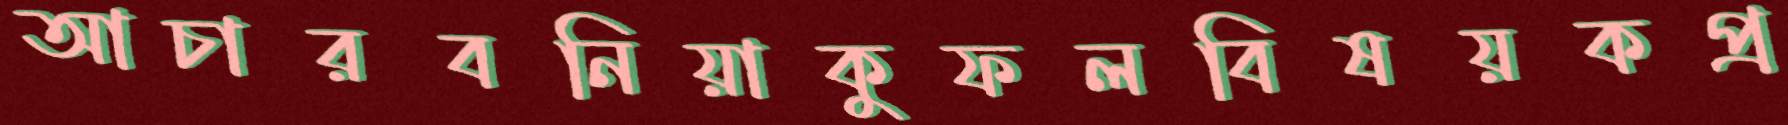
আচারবনিয়াকুফলবিষয়কপ্র